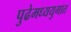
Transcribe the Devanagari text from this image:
पुढेमध्ययुगात